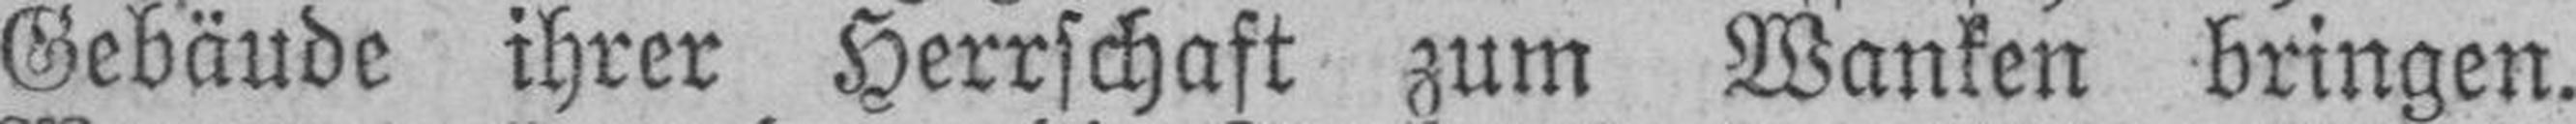
Gebäude ihrer Herrschaft zum Wanken bringen.